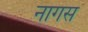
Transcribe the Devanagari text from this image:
नागस